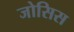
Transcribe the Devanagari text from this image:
जोसिस